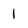
Character: 1